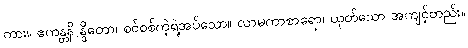
ကား။ ဧကန္တနိ န္ဒိတော၊ စင်စစ်ကဲ့ရဲ့အပ်သော။ လာမကာစာရော၊ ယုတ်သော အကျင့်တည်း။